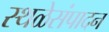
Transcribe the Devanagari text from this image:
स्थळेसंपादन